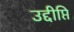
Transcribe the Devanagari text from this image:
उद्दीप्ति